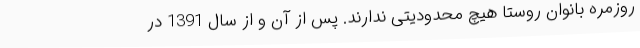
روزمره بانوان روستا هیچ محدودیتی ندارند. پس از آن و از سال 1391 در